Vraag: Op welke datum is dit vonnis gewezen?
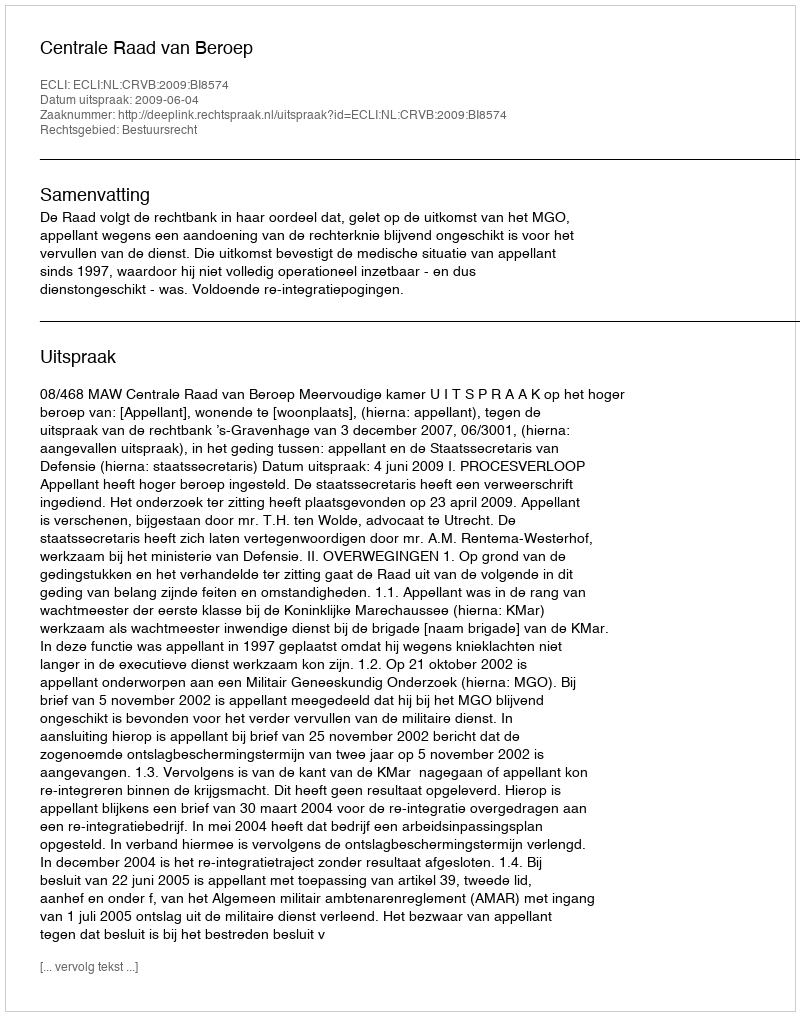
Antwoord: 2009-06-04